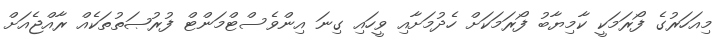
މިއަހަރުގެ ފޯރަމަކީ ކާމިޔާބު ފޯރަމަކަށް ހެދުމަށާއި ވީހައި ގިނަ އިންވެސްޓްމަންޓް ފުރުޞަތުތަކެއް ރާއްޖެއަށް